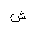
Letter: _shin